Vaccination in Burma 1920-1933 - 1920-1933
Year: 1920
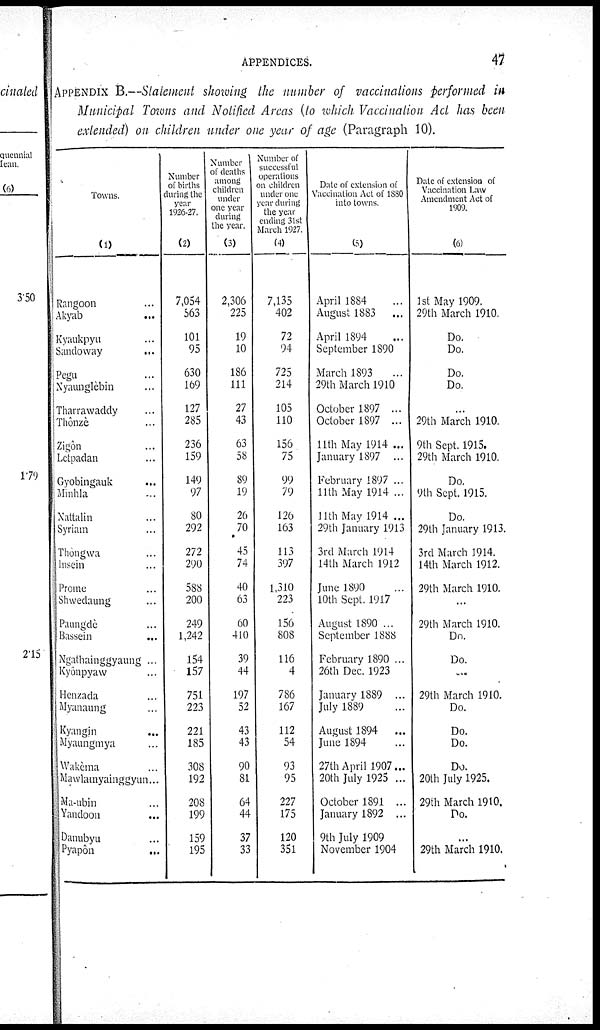
APPENDICES.
47
APPENDIX B.—Statement showing the number of vaccinations performed in
Municipal Towns and Notified Areas (to which Vaccination Act has been
extended) on children under one year of age (Paragraph 10).
Towns.
(1)
Rangoon ...
Akyab ...
Kyaukpyu ...
Sandoway ...
Pegu ...
Nyaunglèbin ...
Tharrawaddy ...
Thônzè ...
Zigôn ...
Letpadan ...
Gyobingauk ...
Minhla ...
Nattalin ...
Syriam ...
Thôngwa ...
Insein ...
Prome ...
Shwedaung ...
Paungdè ...
Bassein ...
Ngathainggyaung ...
Kyônpyaw ...
Henzada ...
Myanaung ...
Kyangin ...
Myaungmya ...
Wakèma ...
Mawlamyainggyun...
Ma-ubin ...
Yandoon ...
Danubyu ...
Pyapôn ...
Number
of births
during the
year
1926-27.
(2)
7,054
563
101
95
630
169
127
285
236
159
149
97
80
292
272
290
588
200
249
1,242
154
157
751
223
221
185
308
192
208
199
159
195
Number
of deaths
among
children
under
one year
during
the year.
(3)
2,306
225
19
10
186
111
27
43
63
58
89
19
26
70
45
74
40
63
60
410
39
44
197
52
43
43
90
81
64
44
37
33
Number of
successful
operations
on children
under one
year during
the year
ending 31st
March 1927.
(4)
7,135
402
72
94
725
214
105
110
156
75
99
79
126
163
113
397
1,310
223
156
808
116
4
786
167
112
54
93
95
227
175
120
351
Dale of extension of
Vaccination Act of 1880
into towns.
(5)
April 1884 ...
August 1883
...
April 1894 ...
September 1890
March 1893 ...
29th March 1910
October 1897 ...
October 1897 ...
11th May 1914 ...
January 1897 ...
February 1897 ...
11th May 1914 ...
11th May 1914 ...
29th January 1913
3rd March 1914
14th March 1942
June 1890
10th Sept. 1917
August 1890 ...
September 1888
February 1890 ...
26th Dec. 1923
January 1889 ...
July 1889 ...
August 1894
...
June 1894 ...
27th April 1907...
20th July 1925 ...
October 1891 ...
January 1892 ...
9th July 1909
November 1904
Dale of extension of
Vaccination Law
Amendment Act of
1909.
(6)
1st May 1909.
29th March 1910.
Do.
Do.
Do.
Do.
29th March 1910.
9th Sept. 1915.
29th March 1910.
Do.
9th Sept. 1915.
Do.
29th January 1913.
3rd March 1914.
14th March 1912.
29th March 1910.
29th March 1910.
Do.
Do.
...
29th March 1910.
Do.
Do.
Do.
Do.
20th July 1925.
29th March 1910.
Do.
...
29th March 1910.